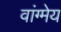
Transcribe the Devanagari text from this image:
वांग्मेय